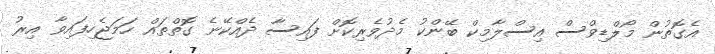
އެގޮތުން މޯލްޑިވްސް އިސްލާމިކް ބޭންކު މެދުވެރިކޮށް ފައިސާ ދެއްކޭނެ ގޮތްތައް ހަމަޖެހިފައިވާ އިރު